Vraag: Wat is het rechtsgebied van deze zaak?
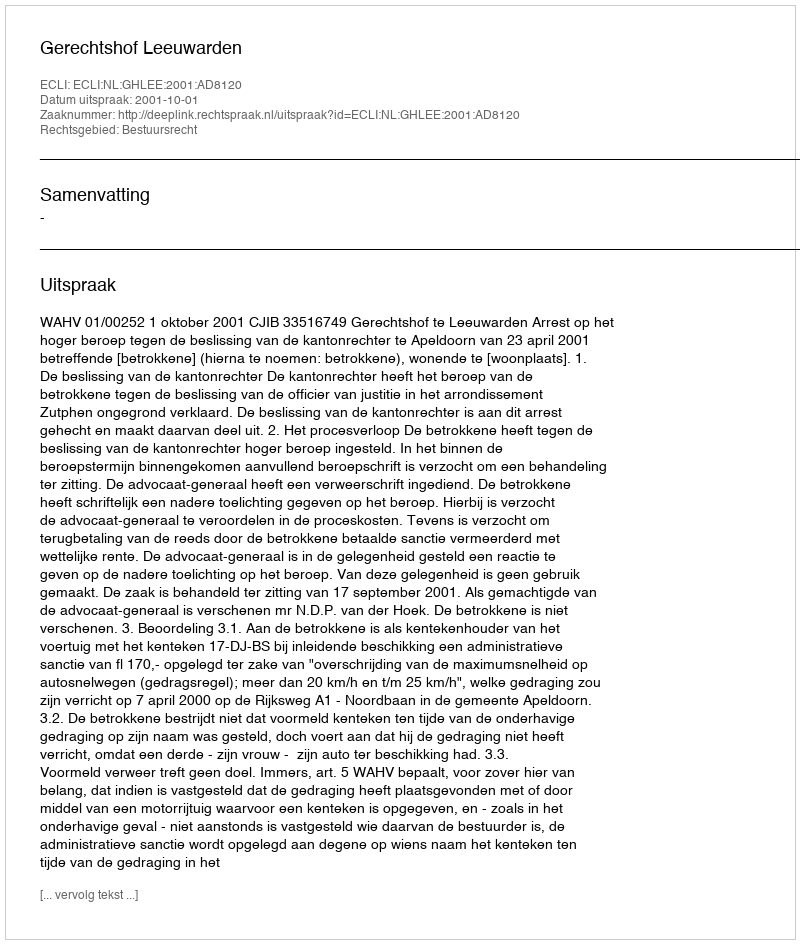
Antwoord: Bestuursrecht